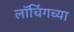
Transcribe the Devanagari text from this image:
लॉचिंगच्या